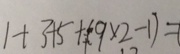
1 + 3 + 5 + ( 9 \times 2 - 1 ) =